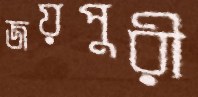
জয়পুরী